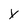
Character: y